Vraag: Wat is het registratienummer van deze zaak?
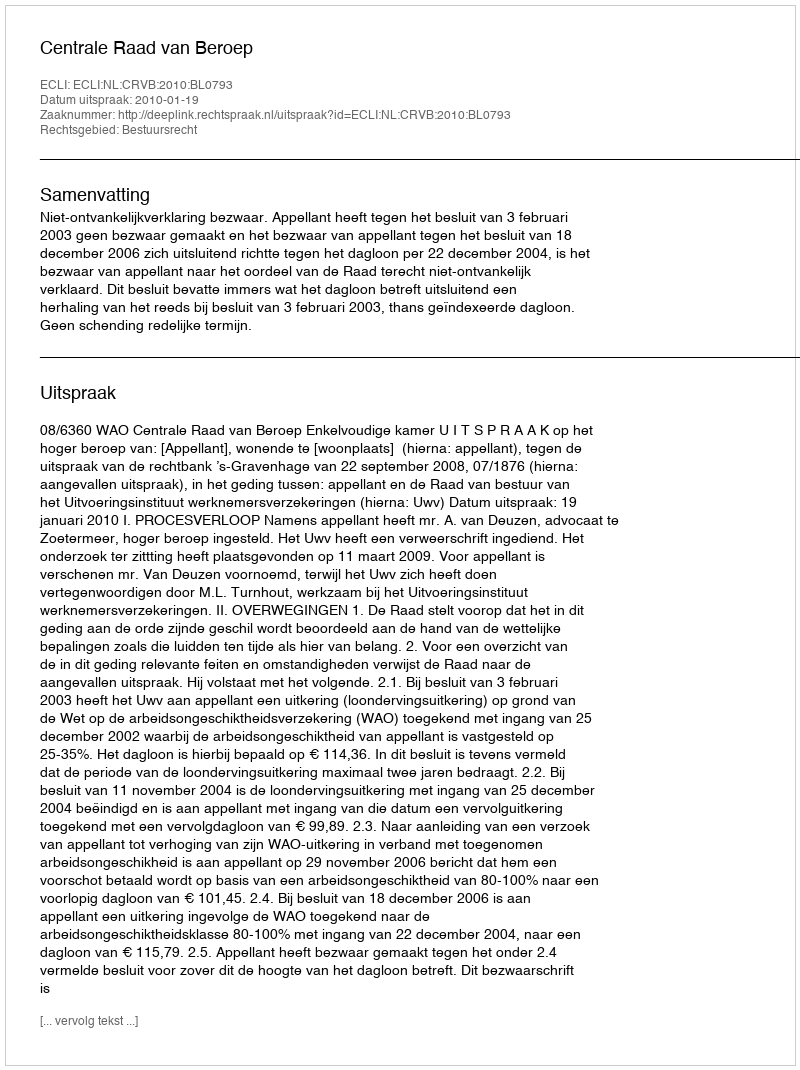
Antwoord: http://deeplink.rechtspraak.nl/uitspraak?id=ECLI:NL:CRVB:2010:BL0793